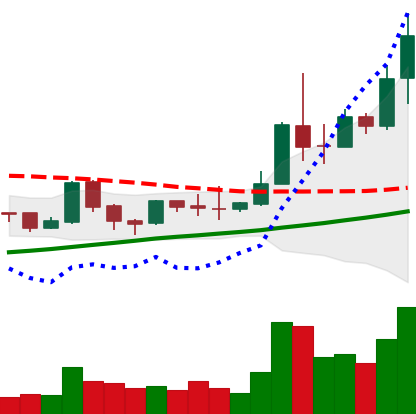
Ticker: TRX-USD
Chart end date: 2019-04-08
Forward return: -14.366%
Label: down_7plus